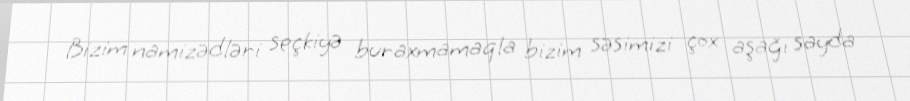
Bizim namizədləri seçkiyə buraxmamaqla bizim səsimizi çox aşağı sayda